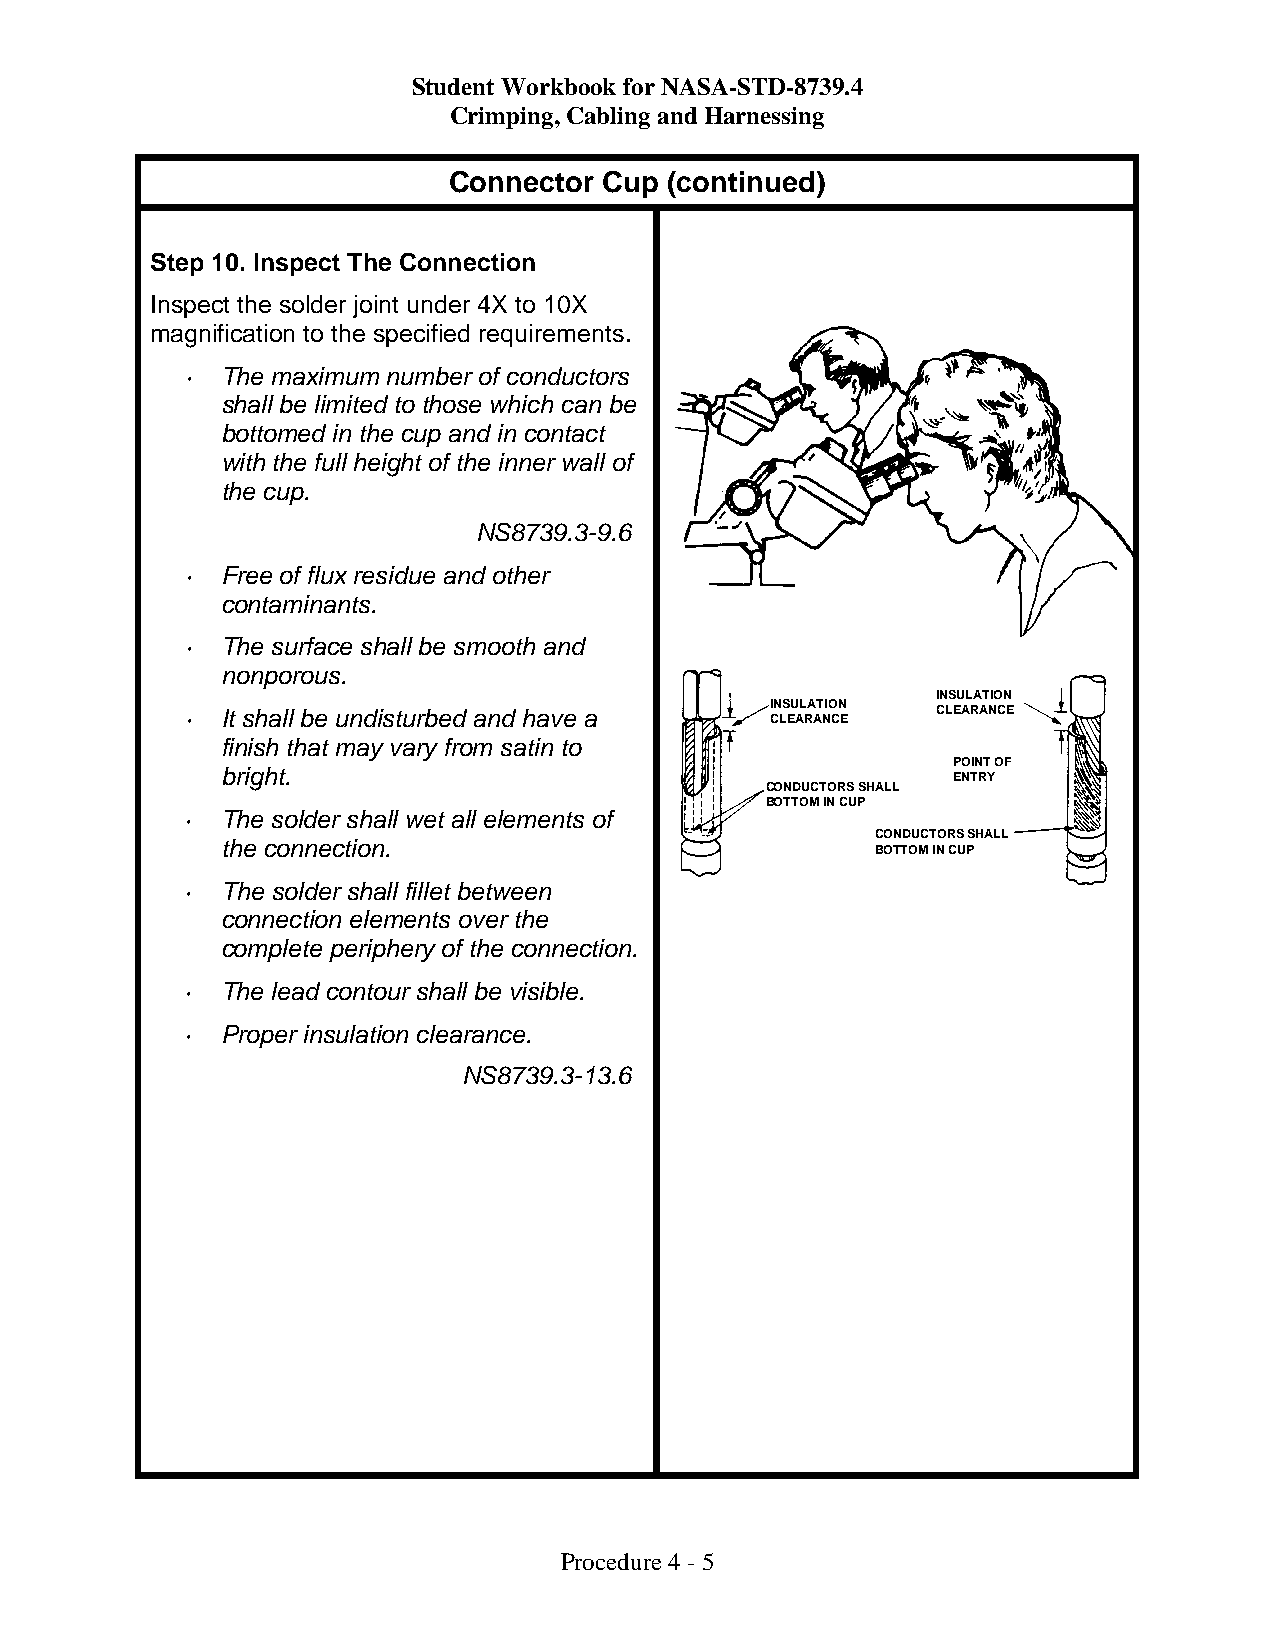
Student Workbook for NASA-STD-8739.4
 Crimping, Cabling and Harnessing
 Connector Cup (continued)
 Step 10. Inspect The Connection
 Inspect the solder joint under 4X to 10X
 magnification to the specified requirements.
 •  The maximum number of conductors
 shall be limited to those which can be
 bottomed in the cup and in contact
 with the full height of the inner wall of
 the cup.
 NS8739.3-9.6
 •  Free of flux residue and other
 contaminants.
 •  The surface shall be smooth and
 nonporous.
 INSULATION
 INSULATION
 •  It shall be undisturbed and have a  CLEARANCE  CLEARANCE
 finish that may vary from satin to
 POINT OF
 bright.
 ENTRY
 CONDUCTORS SHALL
 BOTTOM IN CUP
 •  The solder shall wet all elements of
 CONDUCTORS SHALL
 the connection.
 BOTTOM IN CUP
 •  The solder shall fillet between
 connection elements over the
 complete periphery of the connection.
 •  The lead contour shall be visible.
 •  Proper insulation clearance.
 NS8739.3-13.6
 Procedure 4 - 5